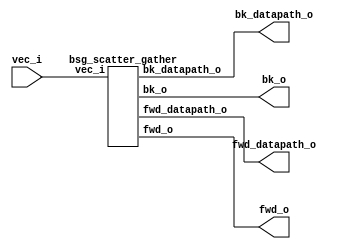


module top
(
  vec_i,
  fwd_o,
  fwd_datapath_o,
  bk_o,
  bk_datapath_o
);

  input [127:0] vec_i;
  output [895:0] fwd_o;
  output [895:0] fwd_datapath_o;
  output [895:0] bk_o;
  output [895:0] bk_datapath_o;

  bsg_scatter_gather
  wrapper
  (
    .vec_i(vec_i),
    .fwd_o(fwd_o),
    .fwd_datapath_o(fwd_datapath_o),
    .bk_o(bk_o),
    .bk_datapath_o(bk_datapath_o)
  );


endmodule



module bsg_scatter_gather
(
  vec_i,
  fwd_o,
  fwd_datapath_o,
  bk_o,
  bk_datapath_o
);

  input [127:0] vec_i;
  output [895:0] fwd_o;
  output [895:0] fwd_datapath_o;
  output [895:0] bk_o;
  output [895:0] bk_datapath_o;
  wire [895:0] fwd_o,fwd_datapath_o,bk_o,bk_datapath_o;

endmodule